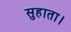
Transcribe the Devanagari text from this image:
सुहाता।